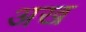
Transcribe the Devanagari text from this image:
अख